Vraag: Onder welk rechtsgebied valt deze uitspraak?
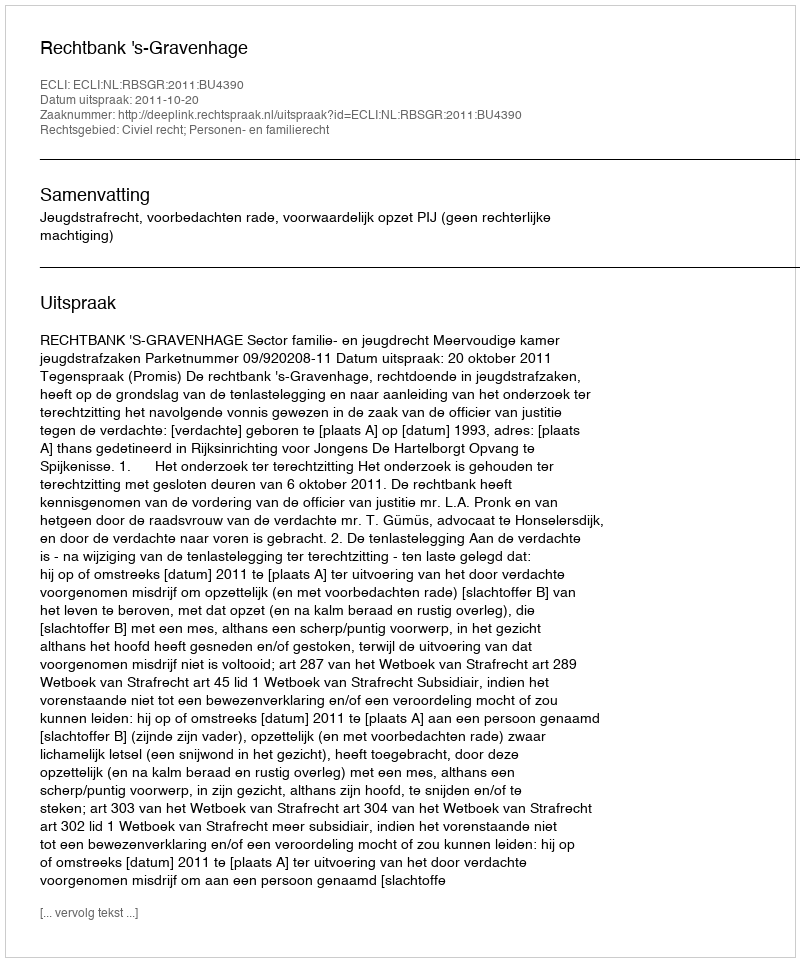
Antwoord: Civiel recht; Personen- en familierecht